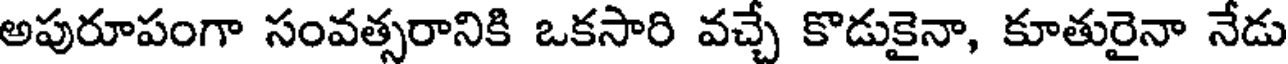
అపురూపంగా సంవత్సరానికి ఒకసారి వచ్చే కొడుకైనా, కూతురైనా నేడు